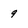
Character: 9